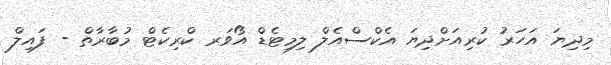
މިދިޔަ އަހަރު ކުރިއަށްދިޔަ އެކްސްއެލް ލިމިޓެޑް އޯވަރ ކްރިކެޓް މުބާރާތް - ފައިލް